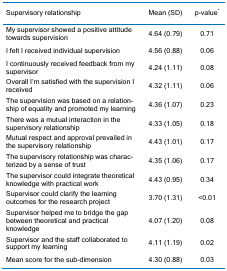
<table><thead><tr><td><b>Supervisory relationship</b></td><td><b>Mean (SD)</b></td><td><b>p-value<sup>*</sup></b></td></tr></thead><tbody><tr><td>My supervisor showed a positive attitude towards supervision</td><td>4.64 (0.79)</td><td>0.71</td></tr><tr><td>I felt I received individual supervision</td><td>4.56 (0.88)</td><td>0.06</td></tr><tr><td>I continuously received feedback from my supervisor</td><td>4.24 (1.11)</td><td>0.08</td></tr><tr><td>Overall I’m satisfied with the supervision I received</td><td>4.32 (1.11)</td><td>0.06</td></tr><tr><td>The supervision was based on a relationship of equality and promoted my learning</td><td>4.36 (1.07)</td><td>0.23</td></tr><tr><td>There was a mutual interaction in the supervisory relationship</td><td>4.33 (1.05)</td><td>0.18</td></tr><tr><td>Mutual respect and approval prevailed in the supervisory relationship</td><td>4.43 (1.01)</td><td>0.17</td></tr><tr><td>The supervisory relationship was characterized by a sense of trust</td><td>4.35 (1.06)</td><td>0.17</td></tr><tr><td>The supervisor could integrate theoretical knowledge with practical work</td><td>4.43 (0.95)</td><td>0.34</td></tr><tr><td>Supervisor could clarify the learning outcomes for the research project</td><td>3.70 (1.31)</td><td>&lt;0.01</td></tr><tr><td>Supervisor helped me to bridge the gap between theoretical and practical knowledge</td><td>4.07 (1.20)</td><td>0.08</td></tr><tr><td>Supervisor and the staff collaborated to support my learning</td><td>4.11 (1.19)</td><td>0.02</td></tr><tr><td>Mean score for the sub-dimension</td><td>4.30 (0.88)</td><td>0.03</td></tr></tbody></table>